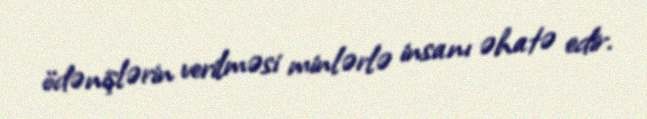
ödənişlərin verilməsi minlərlə insanı əhatə edir.